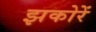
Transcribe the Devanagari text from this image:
झकोरें